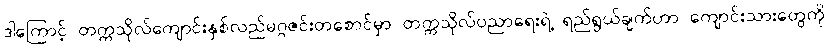
ဒါကြောင့် တက္ကသိုလ်ကျောင်းနှစ်လည်မဂ္ဂဇင်းတစောင်မှာ တက္ကသိုလ်ပညာရေးရဲ့ ရည်ရွယ်ချက်ဟာ ကျောင်းသားတွေကို